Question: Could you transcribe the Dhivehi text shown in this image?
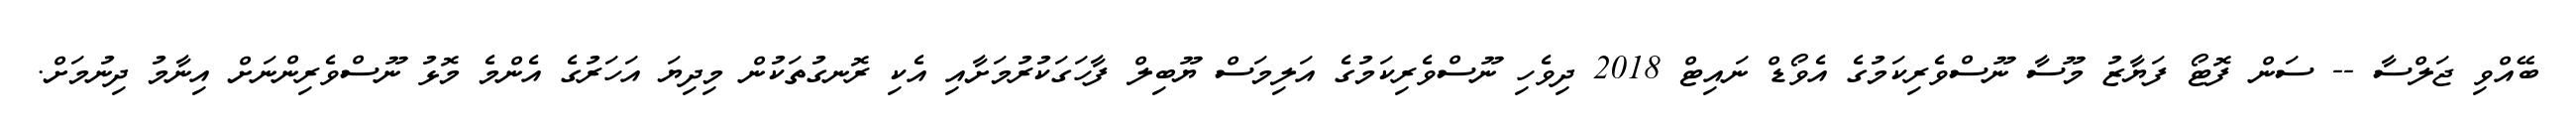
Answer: ބޭއްވި ޖަލްސާ -- ސަން ފޮޓޯ ފަޔާޒު މޫސާ ނޫސްވެރިކަމުގެ އެވޯޑް ނައިޓް 2018 ދިވެހި ނޫސްވެރިކަމުގެ އަލިމަސް ޔޫބިލް ފާހަގަކުރުމަށާއި އެކި ރޮނގުތަކުން މިދިޔަ އަހަރުގެ އެންމެ މޮޅު ނޫސްވެރިންނަށް އިނާމު ދިނުމަށް.